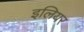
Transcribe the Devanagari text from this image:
इलियर